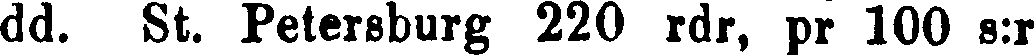
dd. St. Petersburg 220 rdr, pr 100 s:r